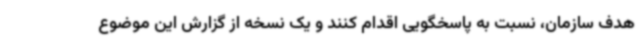
هدف سازمان، نسبت به پاسخگویی اقدام کنند و یک نسخه از گزارش این موضوع